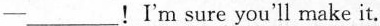
—___ ! I'm sure you'll make it.